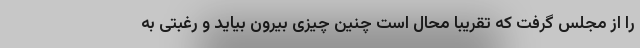
را از مجلس گرفت که تقریبا محال است چنین چیزی بیرون بیاید و رغبتی به